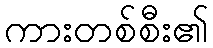
ကားတစ်စီး၏